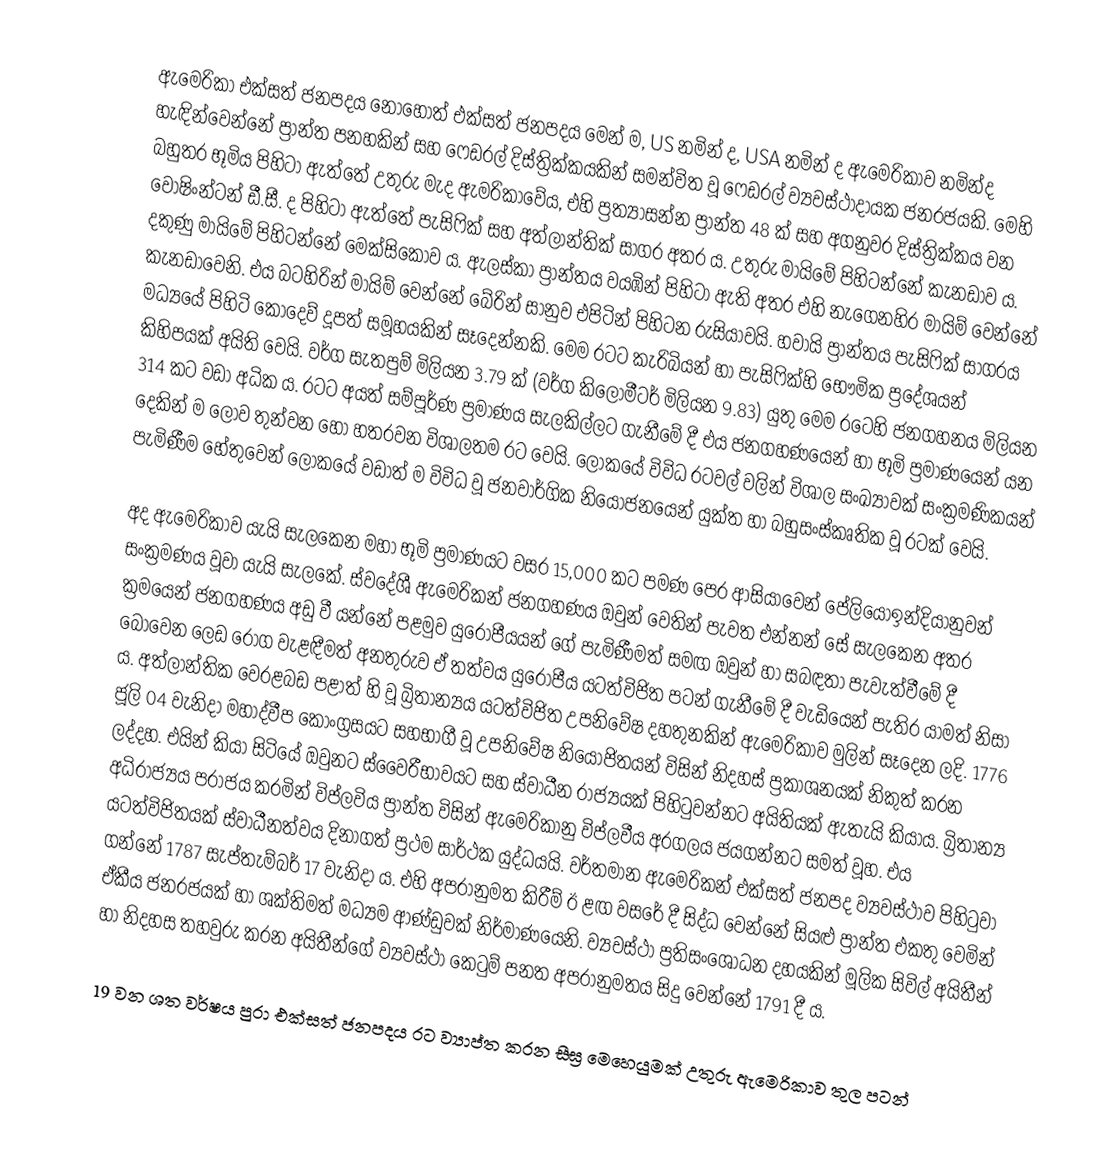
ඇමෙරිකා එක්සත් ජනපදය නොහොත් එක්සත් ජනපදය මෙන් ම, US නමින් ද, USA නමින් ද ඇමෙරිකාව නමින්ද හැඳින්වෙන්නේ ප්‍රාන්ත පනහකින් සහ ෆෙඩරල් දිස්ත්‍රික්කයකින් සමන්විත වූ ෆෙඩරල් ව්‍යවස්ථාදායක ජනරජයකි. මෙහි බහුතර භූමිය පිහිටා ඇත්තේ උතුරු මැද ඇමරිකාවේය, එහි ප්‍රත්‍යාසන්න ප්‍රාන්ත 48 ක් සහ අගනුවර දිස්ත්‍රික්කය වන වොෂිංන්ටන් ඩී.සී. ද පිහිටා ඇත්තේ පැසිෆික් සහ අත්ලාන්තික් සාගර අතර ය. උතුරු මායිමේ පිහිටන්නේ කැනඩාව ය. දකුණු මායිමේ පිහිටන්නේ මෙක්සිකෝව ය. ඇලස්කා ප්‍රාන්තය වයඹින් පිහිටා ඇති අතර එහි නැගෙනහිර මායිම් වෙන්නේ කැනඩාවෙනි. එය බටහිරින් මායිම් වෙන්නේ බේරින් සානුව එපිටින් පිහිටන රුසියාවයි. හවායි ප්‍රාන්තය පැසිෆික් සාගරය මධ්‍යයේ පිහිටි ‍කොදෙව් දූපත් සමූහයකින් සෑදෙන්නකි. මෙම රටට කැරිබියන් හා පැසිෆික්හි භෞමික ප්‍රදේශයන් කිහිපයක් අයිති වෙයි. වර්ග සැතපුම් මිලියන 3.79 ක් (වර්ග කිලෝමීටර් මිලියන 9.83) යුතු මෙම රටෙහි ජනගහනය මිලියන 314 කට වඩා අධික ය. රටට අයත් සම්පූර්ණ ප්‍රමාණය සැලකිල්ලට ගැනීමේ දී එය ජනගහණයෙන් හා භූමි ප්‍රමාණයෙන් යන දෙකින් ම ලොව තුන්වන හෝ හතරවන විශාලතම රට වෙයි. ලෝකයේ විවිධ රටවල් වලින් විශාල සංඛ්‍යාවක් සංක්‍රමණිකයන් පැමිණීම හේතුවෙන් ලෝකයේ වඩාත් ම විවිධ වූ ජනවාර්ගික නියෝජනයෙන් යුක්ත හා බහුසංස්කෘතික වූ රටක් වෙයි.

අද ඇමෙරිකාව යැයි සැලකෙන මහා භූමි ප්‍රමාණයට වසර 15,000 කට පමණ පෙර ආසියාවෙන් පේලියෝඉන්දියානුවන් සංක්‍රමණය වූවා යැයි සැලකේ. ස්වදේශී ඇමෙරිකන් ජනගහණය ඔවුන් වෙතින් පැවත එන්නන් සේ සැලකෙන අතර ක්‍රමයෙන් ජනගහණය අඩු වී යන්නේ පළමුව යුරෝපීයයන් ගේ පැමිණීමත් සමඟ ඔවුන් හා සබඳතා පැවැත්වීමේ දී බෝවෙන ලෙඩ රෝග වැළඳීමත් අනතුරුව ඒ තත්වය යුරෝපීය යටත්විජිත පටන් ගැනීමේ දී වැඩියෙන් පැතිර යාමත් නිසා ය. අත්ලාන්තික වෙරළබඩ පළාත් හි වූ බ්‍රිතාන්‍යය යටත්විජිත උපනිවේෂ දහතුනකින් ඇමෙරිකාව මුලින් සෑදෙන ලදි. 1776 ජූලි 04 වැනිදා මහාද්වීප කොංග්‍රසයට සහභාගී වූ උපනිවේෂ නියෝජිතයන් විසින් නිදහස් ප්‍රකාශනයක් නිකුත් කරන ලද්දහ. එයින් කියා සිටියේ ඔවුනට ස්වෛරීභාවයට සහ ස්වාධීන රාජ්‍යයක් පිහිටුවන්නට අයිතියක් ඇතැයි කියාය. බ්‍රිතාන්‍ය අධිරාජ්‍යය පරාජය කරමින් විප්ලවිය ප්‍රාන්ත විසින් ඇමෙරිකානු විප්ලවීය අරගලය ජයගන්නට සමත් වූහ. එය යටත්විජිතයක් ස්වාධීනත්වය දිනාගත් ප්‍රථම සාර්ථක යුද්ධයයි. වර්තමාන ඇමෙරිකන් එක්සත් ජනපද ව්‍යවස්ථාව පිහිටුවා ගන්නේ 1787 සැප්තැම්බර් 17 වැනිදා ය. එහි අපරානුමත කිරීම් ඊ ළඟ වසරේ දී සිද්ධ වෙන්නේ සියළු ප්‍රාන්ත එකතු වෙමින් ඒකීය ජනරජයක් හා ශක්තිමත් මධ්‍යම ආණ්ඩුවක් නිර්මාණයෙනි. ව්‍යවස්ථා ප්‍රතිසංශෝධන දහයකින් මූලික සිවිල් අයිතීන් හා නිදහස තහවුරු කරන අයිතීන්ගේ ව්‍යවස්ථා කෙටුම් පනත අපරානුමතය සිදු වෙන්නේ 1791 දී ය.

19 වන ශත වර්ෂය පුරා එක්සත් ජනපදය රට ව්‍යාප්ත කරන සීඝ්‍ර මෙහෙයුමක් උතුරු ඇමෙරිකාව තුල පටන්